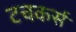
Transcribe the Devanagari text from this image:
टचकर्स